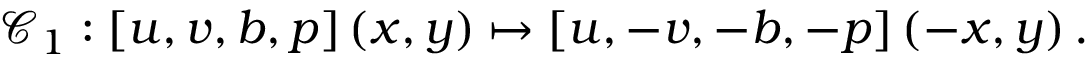
\mathcal { C } _ { 1 } : \left[ u , v , b , p \right] \left( x , y \right) \mapsto \left[ u , - v , - b , - p \right] \left( - x , y \right) .